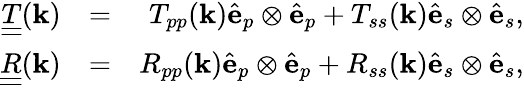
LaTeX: \begin{array}{rlr}{\underline{{\underline{{T}}}}({\mathbf k})}&{=}&{T_{pp}({\mathbf k}){\hat{\mathbf e}}_{p}\otimes{\hat{\mathbf e}}_{p}+T_{ss}({\mathbf k}){\hat{\mathbf e}}_{s}\otimes{\hat{\mathbf e}}_{s},}\\ {\underline{{\underline{{R}}}}({\mathbf k})}&{=}&{R_{pp}({\mathbf k}){\hat{\mathbf e}}_{p}\otimes{\hat{\mathbf e}}_{p}+R_{ss}({\mathbf k}){\hat{\mathbf e}}_{s}\otimes{\hat{\mathbf e}}_{s},}\end{array}